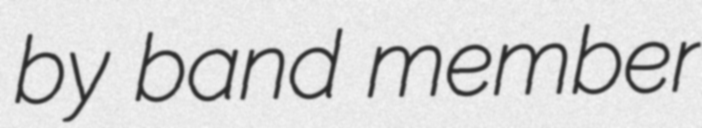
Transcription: by band member